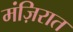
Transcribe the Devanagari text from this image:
मंज़िरात